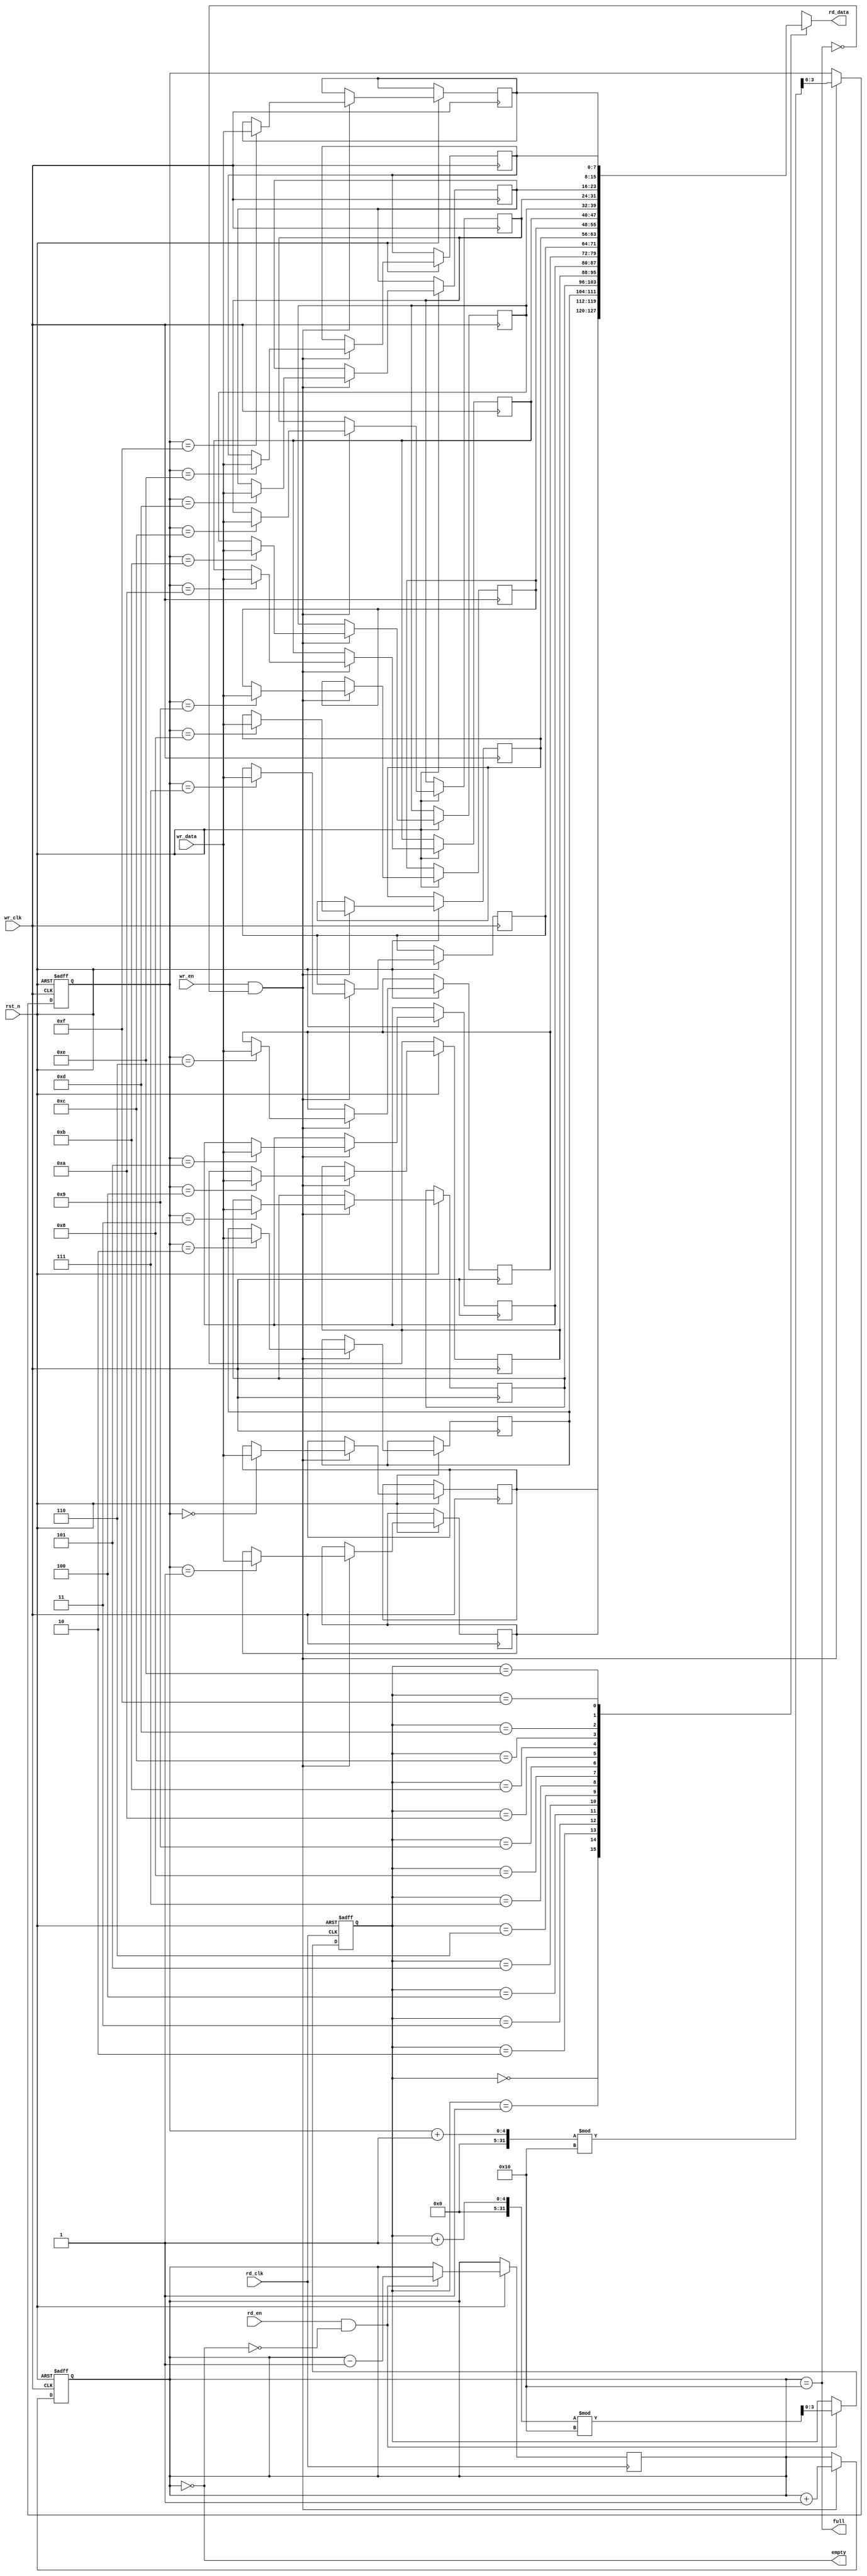
module async_fifo #(
    parameter DATA_WIDTH = 8,   // Width of the data
    parameter FIFO_DEPTH = 16    // Depth of the FIFO (must be a power of 2)
) (
    input  wire                wr_clk,           // Write clock
    input  wire                rd_clk,           // Read clock
    input  wire                rst_n,            // Active low reset
    input  wire                wr_en,            // Write enable
    input  wire                rd_en,            // Read enable
    input  wire [DATA_WIDTH-1:0]  wr_data,      // Data input
    output wire [DATA_WIDTH-1:0] rd_data,       // Data output
    output wire                full,              // FIFO full flag
    output wire                empty              // FIFO empty flag
);

    localparam ADDR_WIDTH = $clog2(FIFO_DEPTH); // Address width for FIFO depth
    
    reg [DATA_WIDTH-1:0] fifo_mem [0:FIFO_DEPTH-1]; // FIFO memory array
    reg [ADDR_WIDTH-1:0] wr_ptr;                     // Write pointer
    reg [ADDR_WIDTH-1:0] rd_ptr;                     // Read pointer
    reg [ADDR_WIDTH:0]  fifo_count;                  // Count of items in FIFO

    // Full and empty flags
    assign full  = (fifo_count == FIFO_DEPTH);
    assign empty = (fifo_count == 0);
    assign rd_data = fifo_mem[rd_ptr];

    // Write logic
    always @(posedge wr_clk or negedge rst_n) begin
        if (!rst_n) begin
            wr_ptr <= 0;
            fifo_count <= 0;
        end else if (wr_en && !full) begin
            fifo_mem[wr_ptr] <= wr_data;
            wr_ptr <= (wr_ptr + 1) % FIFO_DEPTH;
            fifo_count <= fifo_count + 1;
        end
    end

    // Read logic
    always @(posedge rd_clk or negedge rst_n) begin
        if (!rst_n) begin
            rd_ptr <= 0;
        end else if (rd_en && !empty) begin
            rd_ptr <= (rd_ptr + 1) % FIFO_DEPTH;
            fifo_count <= fifo_count - 1;
        end
    end

endmodule